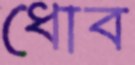
ধোব